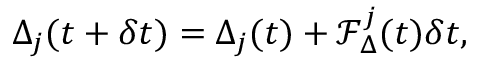
\Delta _ { j } ( t + \delta t ) = \Delta _ { j } ( t ) + \mathcal { F } _ { \Delta } ^ { j } ( t ) \delta t ,